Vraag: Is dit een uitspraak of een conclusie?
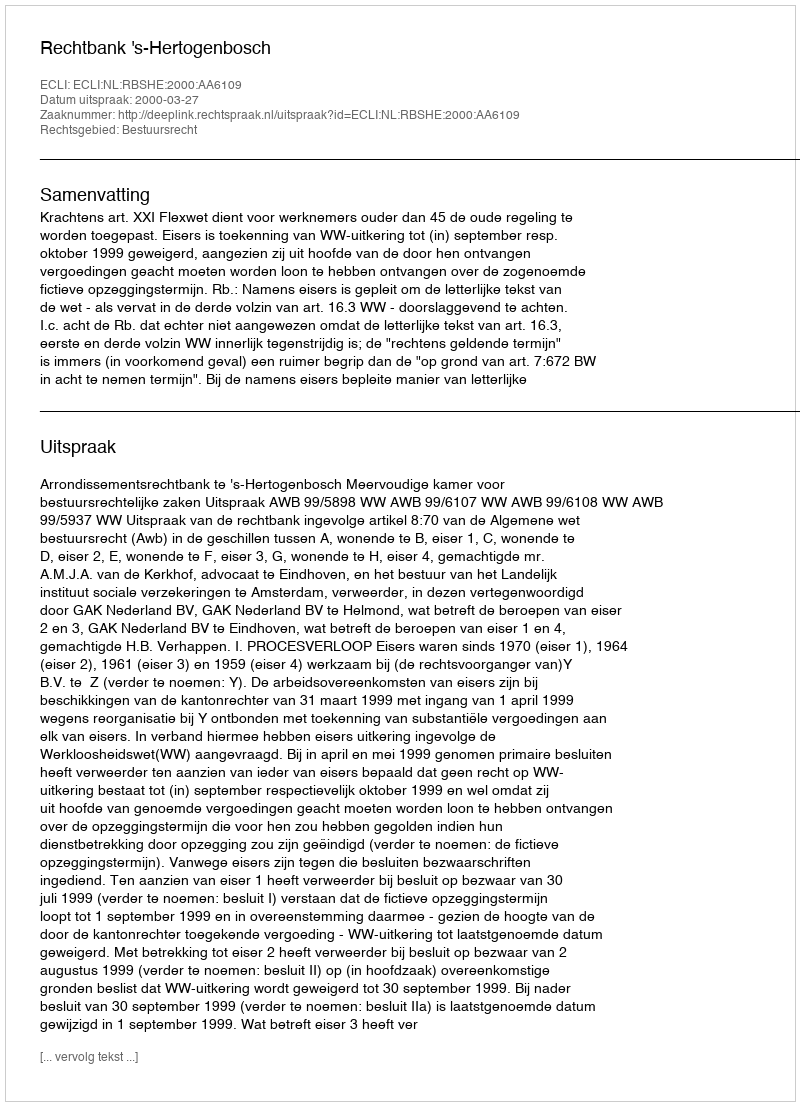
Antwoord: Uitspraak